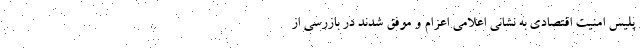
پلیس امنیت اقتصادی به نشانی اعلامی اعزام و موفق شدند در بازرسی از